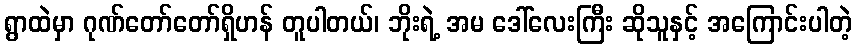
ရွာထဲမှာ ဂုဏ်တော်တော်ရှိဟန် တူပါတယ်၊ ဘိုးရဲ့ အမ ဒေါ်လေးကြီး ဆိုသူနှင့် အကြောင်းပါတဲ့